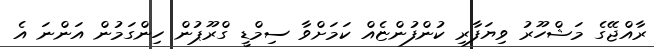
ރާއްޖޭގެ މަޝްހޫރު ވިޔަފާރި ކުންފުންޏެއް ކަމަށްވާ ސިމްޑީ ގްރޫޕުން ހިންގަމުން އަންނަ އެ